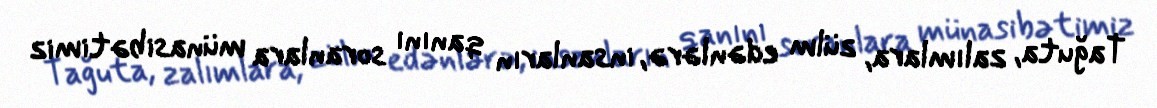
Tağuta, zalımlara, zülm edənlərə, insanların qanını soranlara münasibətimiz